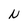
Character: N